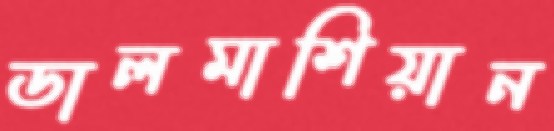
ডালমাশিয়ান